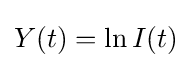
Y(t)=\ln I(t)